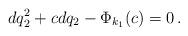
LaTeX: \begin{align*}dq_2^2 + cdq_2 - \Phi_{k_1}(c) = 0\,.\end{align*}